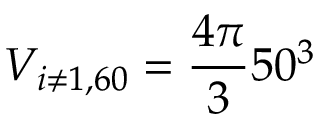
V _ { i \neq 1 , 6 0 } = \frac { 4 \pi } { 3 } 5 0 ^ { 3 }